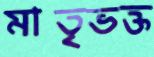
মাতৃভক্ত